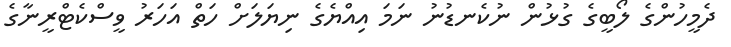
ދެމީހުންގެ ލޯބީގެ ގުޅުން ނުކެނޑުނު ނަމަ އިއްޔެގެ ނިޔަލަށް ހަތް އަހަރު ވީސްކެޓްރީނާގެ